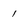
Character: 1